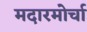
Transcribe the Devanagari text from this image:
मदारमोर्चा